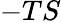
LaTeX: -TS